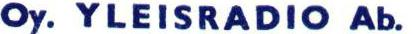
Oy. YLEISRADIO Ab.